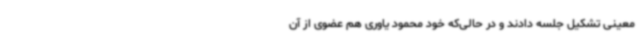
معینی تشکیل جلسه دادند و در حالی‌که خود محمود یاوری هم عضوی از آن